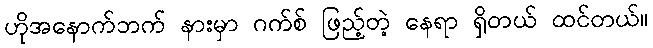
ဟိုအနောက်ဘက် နားမှာ ဂက်စ် ဖြည့်တဲ့ နေရာ ရှိတယ် ထင်တယ်။